Civil Veterinary Department. Madras. Admin. report 1926-33 - 1926-1933
Year: 1926
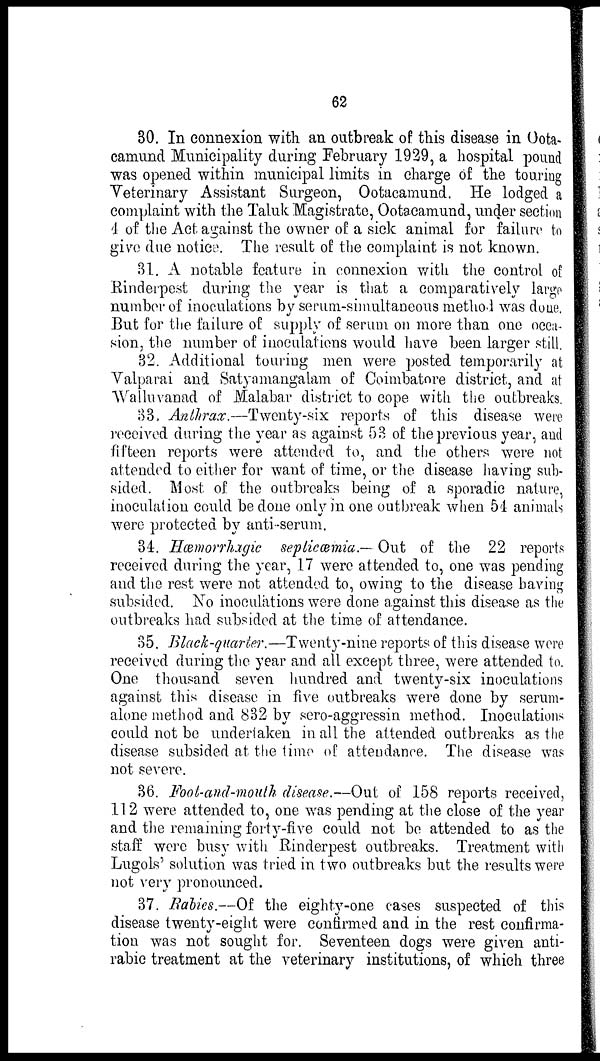
62
30. In connexion with an outbreak of this disease in Oota-
camund Municipality during February 1929, a hospital pound
was opened within municipal limits in charge of the touring
Veterinary Assistant Surgeon, Ootacamund. He lodged a
complaint with the Taluk Magistrate, Ootacamund, under section
4 of the Act against the owner of a sick animal for failure to
give due notice. The result of the complaint is not known.
31. A notable feature in connexion with the control of
Rinderpest during the year is that a comparatively largo
number of inoculations by serum-simultaneous method was done.
But for the failure of supply of serum on more than one occa-
sion, the number of inoculations would have been larger still.
32. Additional touring men were posted temporarily at
Valparai and Satyamangalam of Coimbatore district, and at
Walluvanad of Malabar district to cope with the outbreaks.
33. Anthrax,—Twenty-six reports of this disease were
received during the year as against 53 of the previous year, and
fifteen reports were attended to, and the others were not
attended to either for want of time, or the disease having sub-
sided. Most of the outbreaks being of a sporadic nature,
inoculation could be done only in one outbreak when 54 animals
were protected by anti-serum.
34. Hæmorrhagic septicæmia.— Out of the 22 reports
received during the year, 17 were attended to, one was pending
and the rest were not attended to, owing to the disease having
subsided. No inoculations were done against this disease as the
outbreaks had subsided at the time of attendance.
35. Black-quarter.—Twenty-nine reports of this disease were
received during the year and all except three, were attended to.
One thousand seven hundred and twenty-six inoculations
against this disease in five outbreaks were done by serum-
alone method and 832 by sero-aggressin method. Inoculations
could not be undertaken in all the attended outbreaks as the
disease subsided at the time of attendance. The disease was
not severe.
36. Foot-and-mouth disease.—Out of 158 reports received,
112 were attended to, one was pending at the close of the year
and the remaining forty-five could not be attended to as the
staff were busy with Rinderpest outbreaks. Treatment with
Lugols' solution was tried in two outbreaks but the results were
not very pronounced.
37. Ralies.—Of the eighty-one cases suspected of this
disease twenty-eight were confirmed and in the rest confirma-
tion was not sought for. Seventeen dogs were given anti-
rabic treatment at the veterinary institutions, of which three